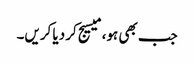
جب بھی ہو، میسیج کر دیا کریں۔